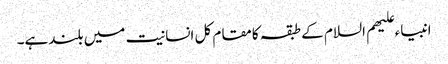
انبیاء علیھم السلام کے طبقہ کامقام کل انسانیت میں بلندہے۔